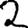
Digit: 2